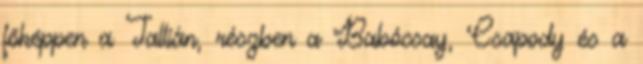
főképpen a Tallián, részben a Babócsay, Csapody és a